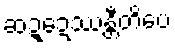
ဆဍ္ဍေဿန္တီတိပေ